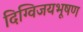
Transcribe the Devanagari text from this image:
दिग्विजयभूषण